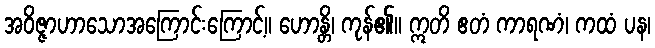
အဝိဇ္ဇာဟာသောအကြောင်းကြောင့်။ ဟောန္တိ၊ ကုန်၏။ ဣတိ ဧတံ ကာရဏံ၊ ကထံ ပန၊